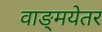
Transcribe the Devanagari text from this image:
वाङ्मयेतर